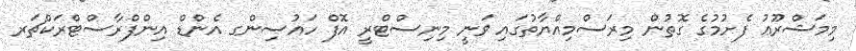
މިމަޝްރޫޢު ފެށުމުގެ ގޮތުން މިރަސްމިއްޔާތުގައި ވަނީ މިނިސްޓްރީ އޮފް ހައުސިންގ އެންޑް އިންފްރާސްޓްރަކްޗަރ